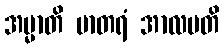
အမ္မာတိ မာတရံ အာလပတိ